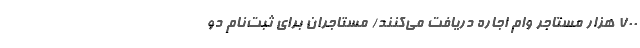
700 هزار مستاجر وام اجاره دریافت می‌کنند/ مستاجران برای ثبت‌نام دو